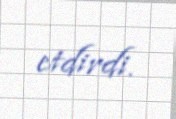
etdirdi.